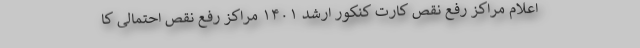
اعلام مراکز رفع نقص کارت کنکور ارشد ۱۴۰۱ مراکز رفع نقص احتمالی کا